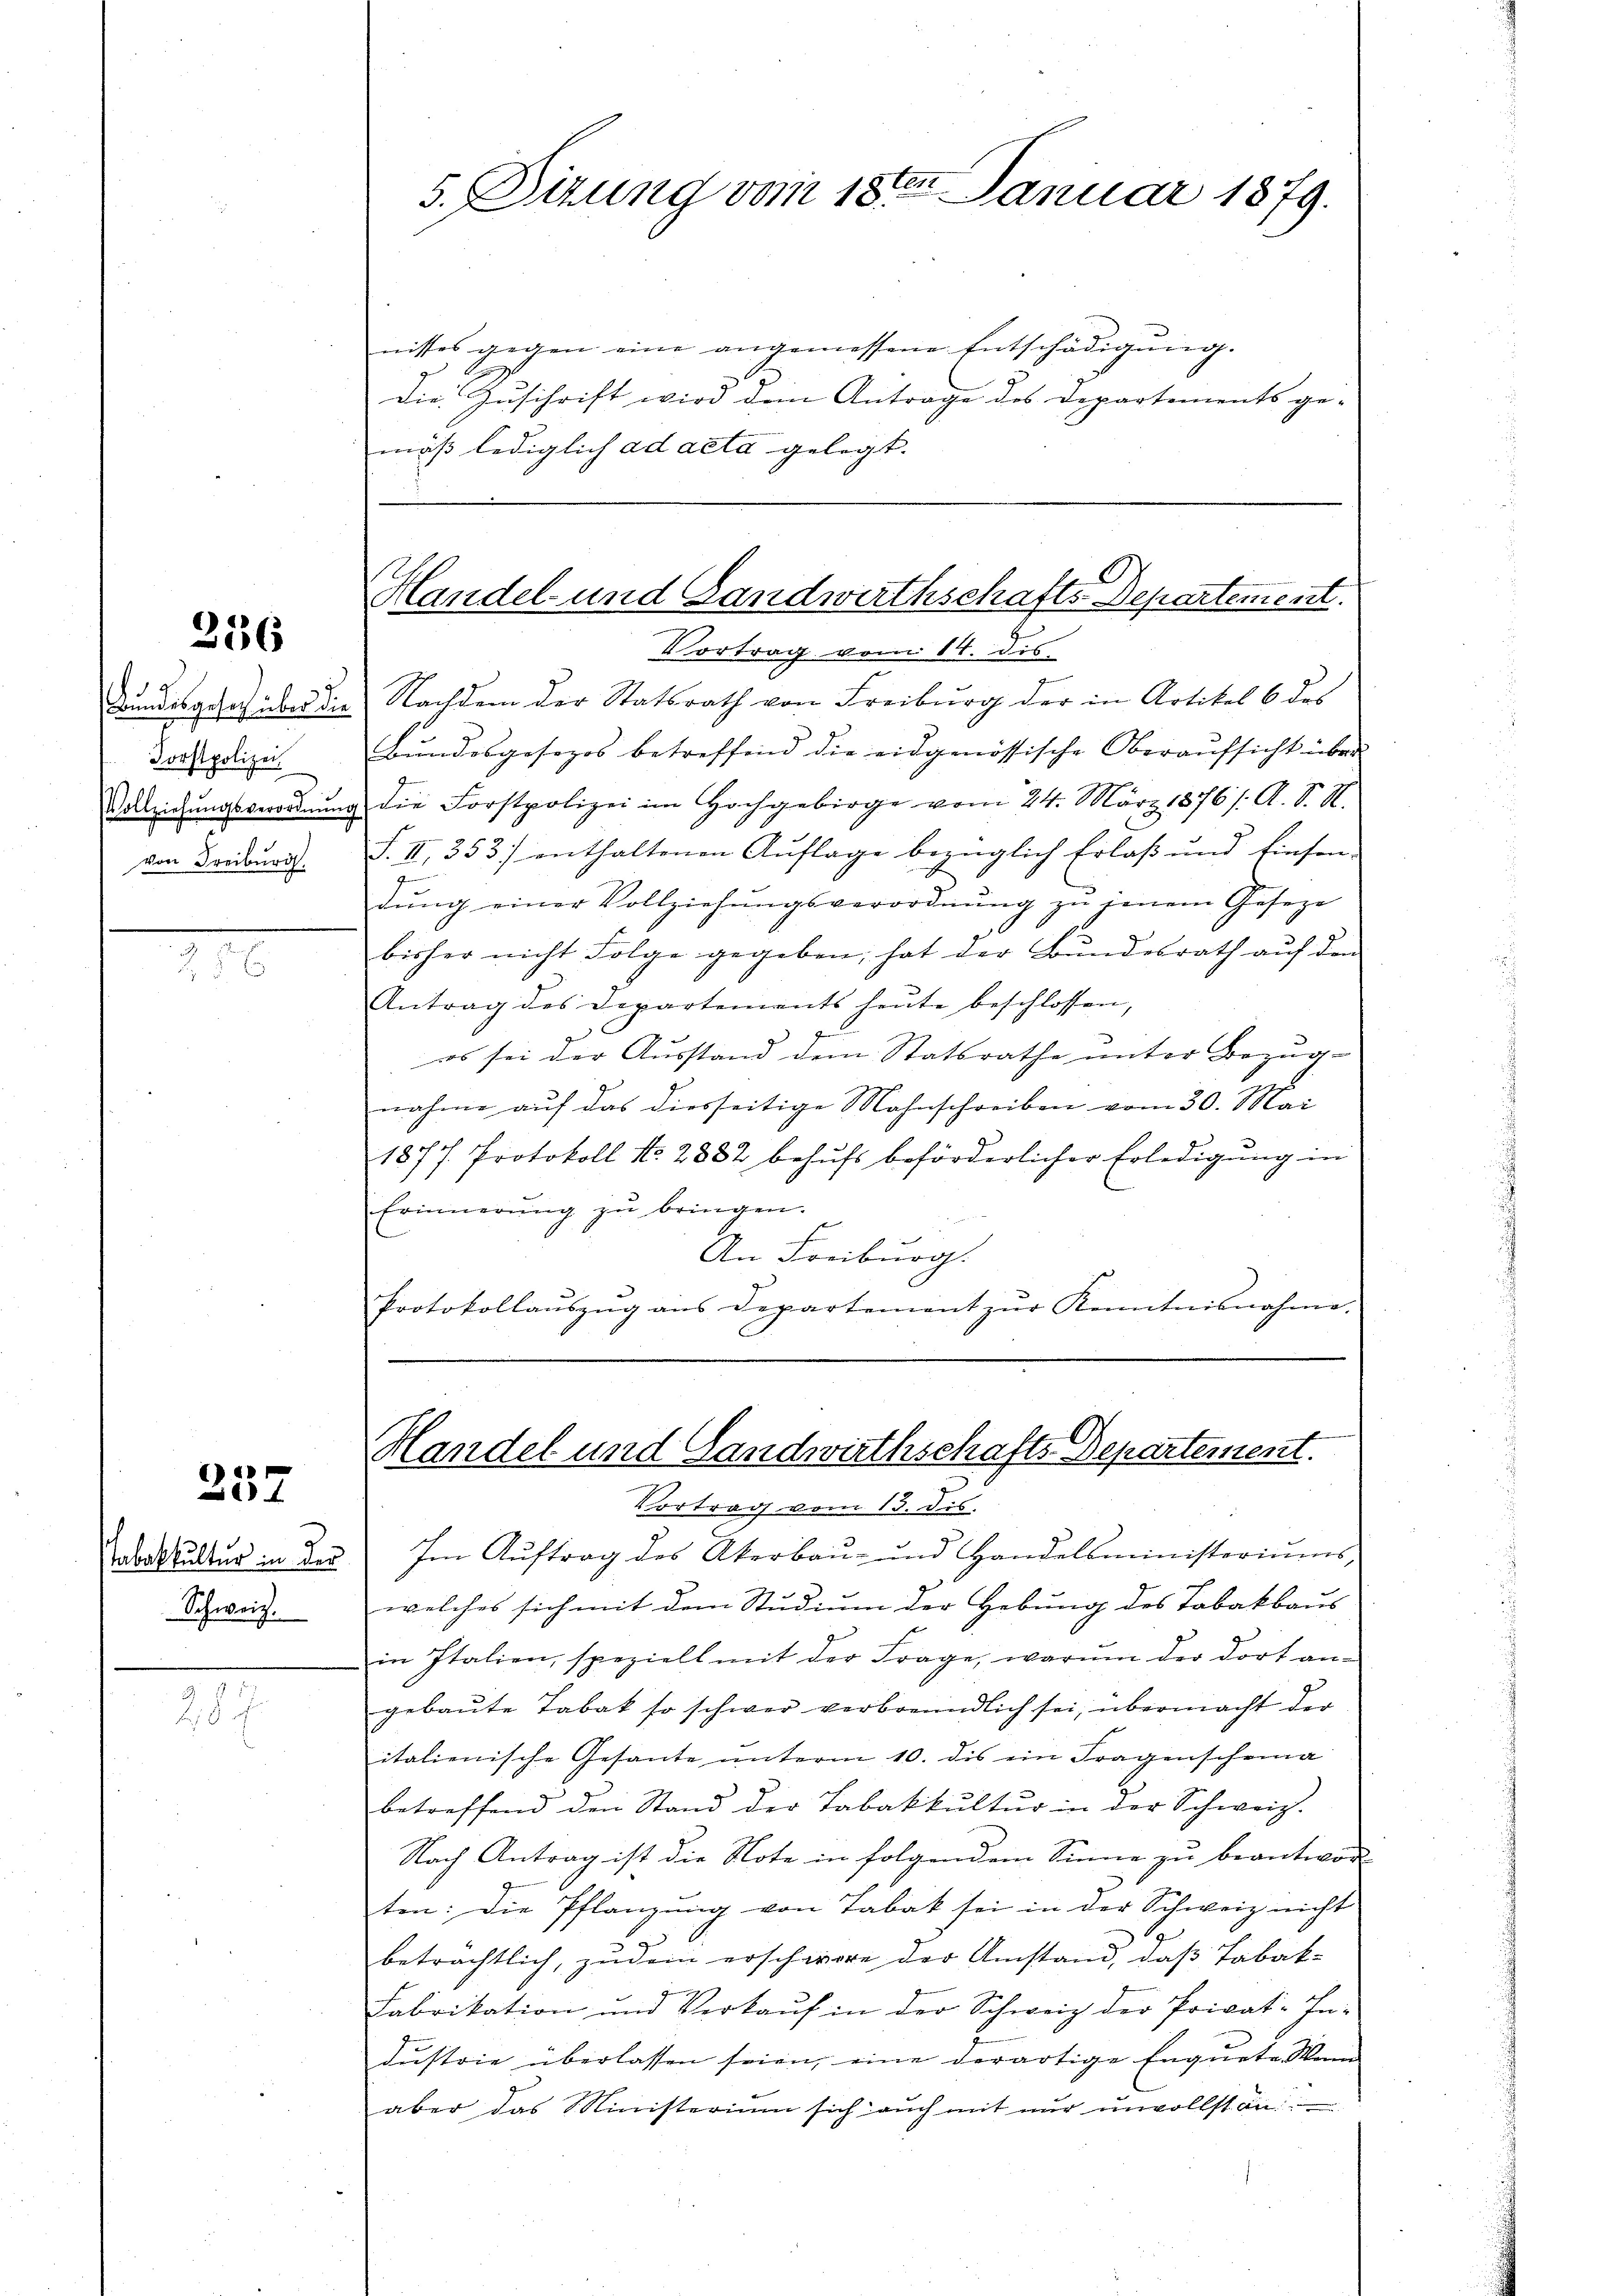
236

Forstpolizei
von Freiburg.

.

237

Schweiz.

287

5. Sitzung vom 18ten Januar 1879.

nittes gegen eine angemessene Entschädigŭng.
Die Zuschrift wird dem Antrage des Departements ge-
mäß lediglich ad acta gelegt. |

Handel- und Landwirthschafts-Departement.

Vortrag vom 14. dis.
Bundesgesetz über die Nachdem der Statsrath von Freiburg der in Artikel 6 des
Bŭndesgesezes betreffend die eidgenössische Oberaŭfsicht über
Vollziehŭngsverordnŭng die Forstpolizei im Hochgebirge vom 24. März 1876/. A. S. N.
S. II 353 enthaltenen Auflage bezüglich Erlaß und finsen-
g
dŭng einer Vollziehŭngsverordnŭng zŭ jenem Geseze
bisher nicht Folge gegeben, hat der Bundesrath aŭf den
Antrag des Departements heŭte beschlossen,
es sei der Ausstand dem Statsrathe unter Bezug-
nahme auf das diesseitige Mahnschreiben vom 30. Mai
1877. Protokoll No. 2882 behŭfs beförderlicher Erledigŭng in
Erinnerung zŭ bringen.
An Freiburg.
Protokollaŭszŭg ans Departement zŭr Kenntnisnahme.

Handel und Landwirthschafts Departement.

Vortrag vom 13. dis.
Tabakultur in der Im Aŭftrag des Akerbaŭ- und Handelsministeriŭms-
welches sich mit dem Studium der Hebung des Tabakbaus
in Italien, speziell mit der Frage, warum der dort an-
gebaŭte Tabak so schwer verbrenndlich sei, übermacht der
italienische Gesante unterm 10. dis ein Fragenscheina
betreffend den Stand der Tabakkultur in der Schweiz.
Nach Antrag ist die Note in folgendem Sinne zu beantwort
ten: Die Pflanzung von Tabak sei in der Schweiz nicht
beträchtlich, zudem erschwere der Umstand, daß Tabak-
Fabrikation und Verkauf in der Schweiz der Privat-In-
dustrie überlassen seien, eine derartige Enquete Mann
aber das Ministerium sich auch mit nŭr ŭnvollstän